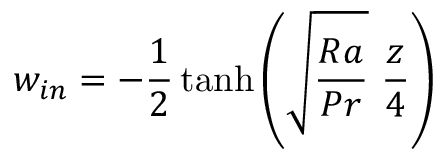
w _ { i n } = - \frac { 1 } { 2 } \operatorname { t a n h } { \left( \sqrt { \frac { R a } { P r } } \ \frac { z } { 4 } \right) }